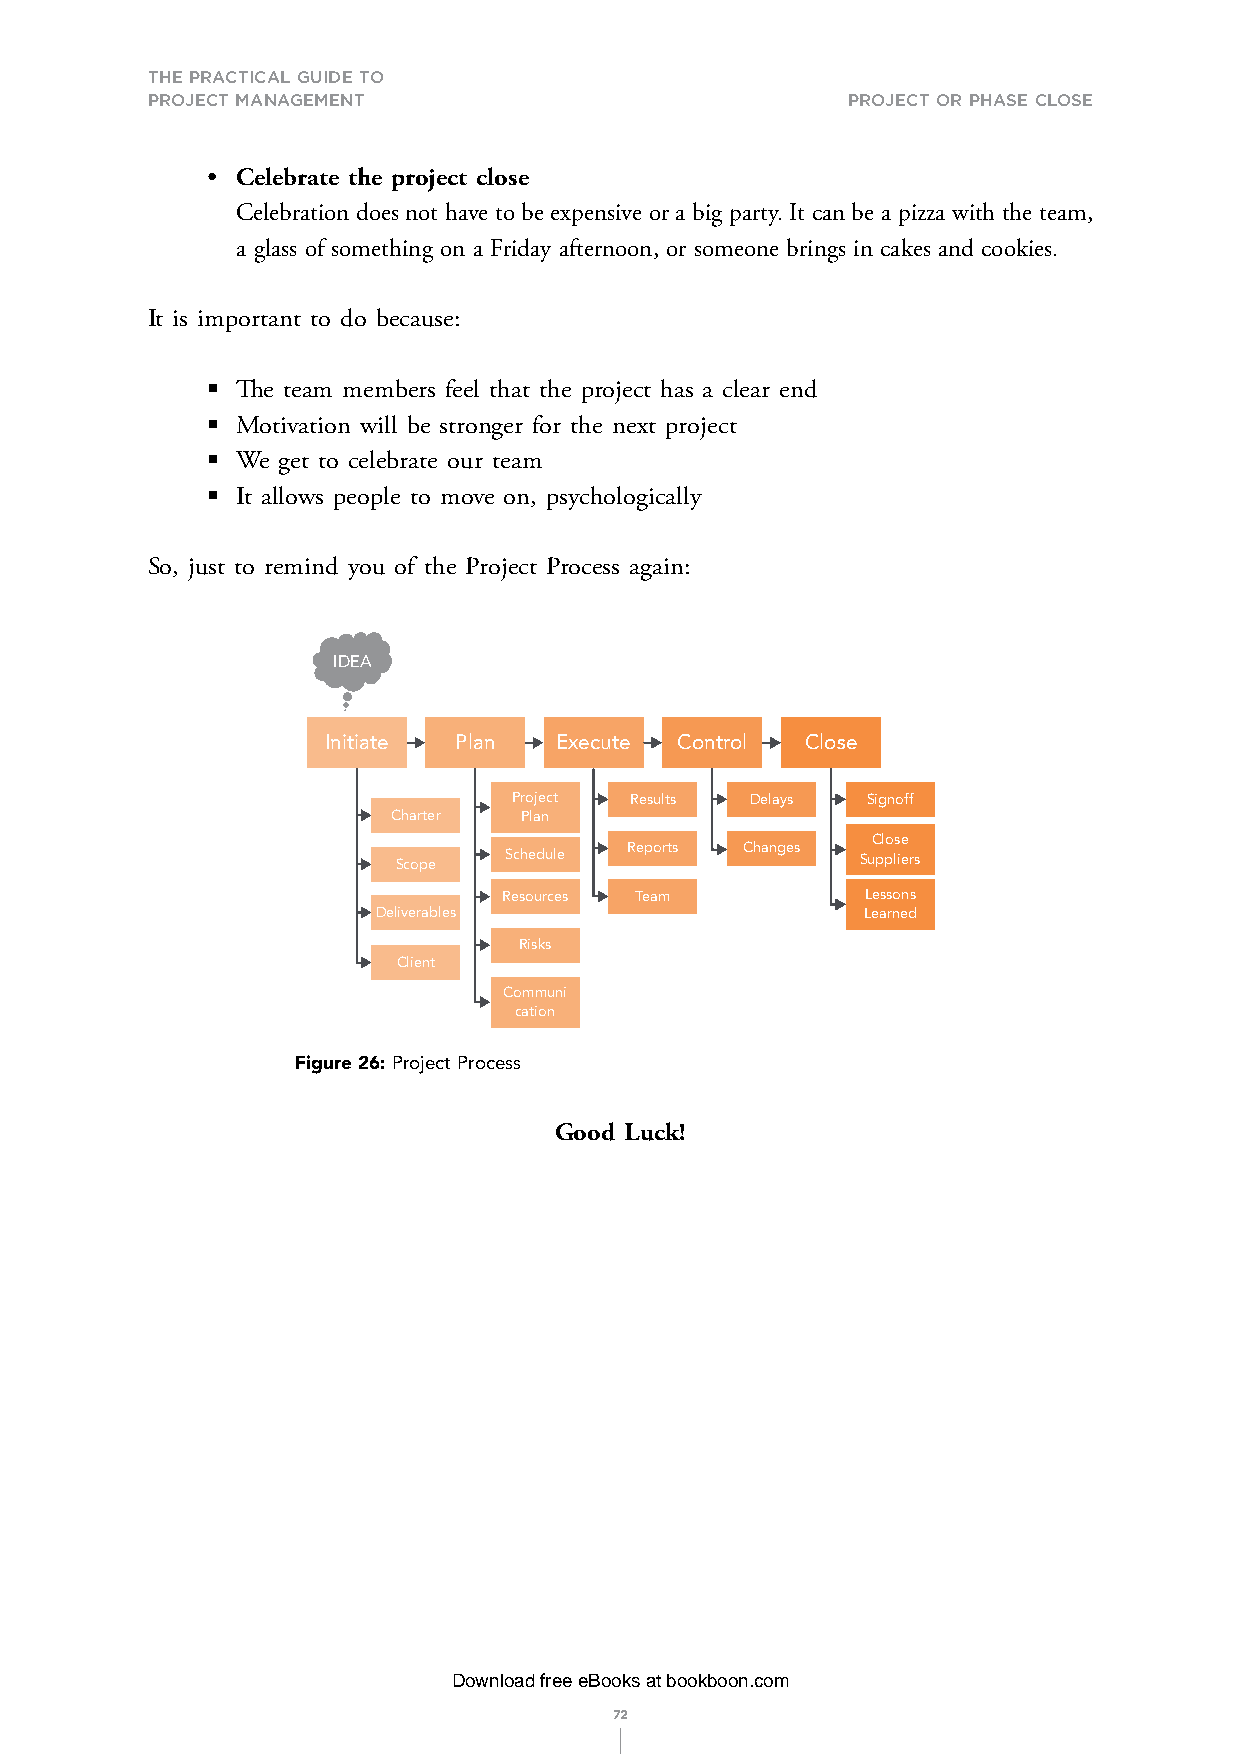
THE PRACTICAL GUIDE TO
 PROJECT MANAGEMENT                            ProjeCt or Phase Close
 • Celebrate the project close
 Celebration does not have to be expensive or a big party. It can be a pizza with the team,
 a glass of something on a Friday afternoon, or someone brings in cakes and cookies.
 It is important to do because:
 § The team members feel that the project has a clear end
 § Motivation will be stronger for the next project
 § We get to celebrate our team
 § It allows people to move on, psychologically
 So, just to remind you of the Project Process again:
 IDEA
 Initiate Plan   Execute Control Close
 Project Results Delays Signoff
 Charter Plan
 Close
 Scope  Schedule Reports Changes Suppliers
 Resources Team          Lessons
 Deliverables                    Learned
 Risks
 Client
 Communi
 cation
 Figure 26: Project Process
 Good Luck!
 Download free eBooks at bookboon.com
 72